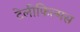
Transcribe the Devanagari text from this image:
टेलीफिल्मस